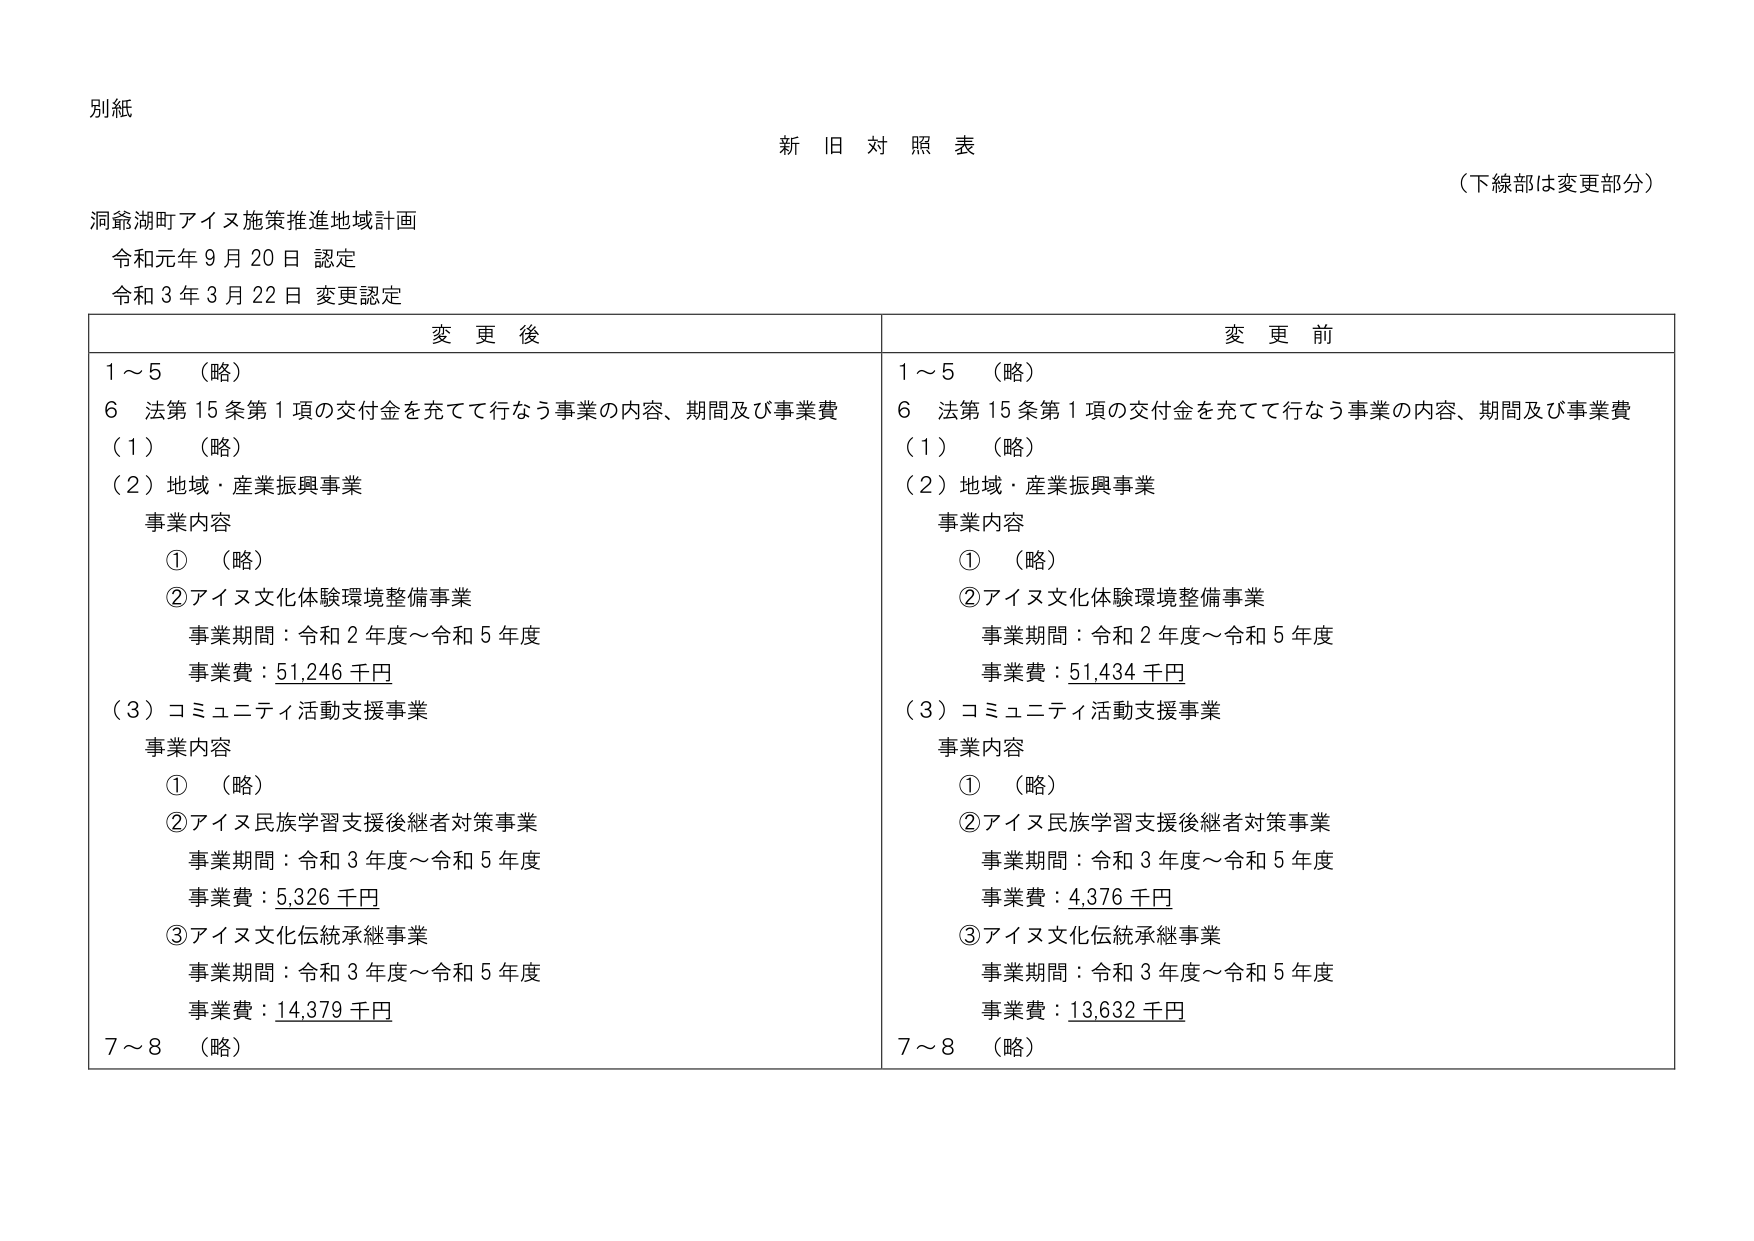
別紙

新旧対照表

（下線部は変更部分）

洞爺湖町アイヌ施策推進地域計画
令和元年９月20日 認定
令和３年３月22日 変更認定

変更後　　　　　　　　　　　　　　　　　　　　　　　　　　　変更前

１～５　（略）　　　　　　　　　　　　　　　　　　　　　　　１～５　（略）
６　法第15条第1項の交付金を充てて行なう事業の内容、期間及び事業費　６　法第15条第1項の交付金を充てて行なう事業の内容、期間及び事業費
（１）　（略）　　　　　　　　　　　　　　　　　　　　　　　　（１）　（略）
（２）地域・産業振興事業　　　　　　　　　　　　　　　　　　　（２）地域・産業振興事業
　事業内容　　　　　　　　　　　　　　　　　　　　　　　　　　事業内容
　　①　（略）　　　　　　　　　　　　　　　　　　　　　　　　①　（略）
　　②アイヌ文化体験環境整備事業　　　　　　　　　　　　　　　　②アイヌ文化体験環境整備事業
　　　事業期間：令和２年度～令和５年度　　　　　　　　　　　　事業期間：令和２年度～令和５年度
　　　事業費：51,246千円　　　　　　　　　　　　　　　　　　事業費：51,434千円
（３）コミュニティ活動支援事業　　　　　　　　　　　　　　　　（３）コミュニティ活動支援事業
　事業内容　　　　　　　　　　　　　　　　　　　　　　　　　　事業内容
　　①　（略）　　　　　　　　　　　　　　　　　　　　　　　　①　（略）
　　②アイヌ民族学習支援後継者対策事業　　　　　　　　　　　　②アイヌ民族学習支援後継者対策事業
　　　事業期間：令和３年度～令和５年度　　　　　　　　　　　　事業期間：令和３年度～令和５年度
　　　事業費：5,326千円　　　　　　　　　　　　　　　　　　事業費：4,376千円
　　③アイヌ文化伝統承継事業　　　　　　　　　　　　　　　　　③アイヌ文化伝統承継事業
　　　事業期間：令和３年度～令和５年度　　　　　　　　　　　　事業期間：令和３年度～令和５年度
　　　事業費：14,379千円　　　　　　　　　　　　　　　　　　事業費：13,632千円
７～８　（略）　　　　　　　　　　　　　　　　　　　　　　　　７～８　（略）